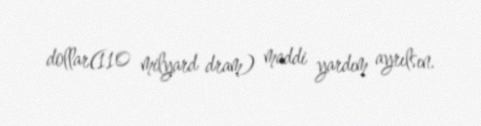
dollar(110 milyard dram) maddi yardım ayrılsın.